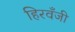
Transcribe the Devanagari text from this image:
हिरवँजी